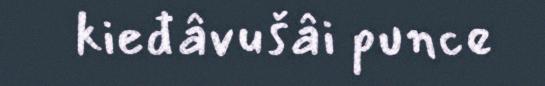
kieđâvušâi punce